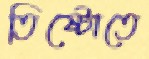
তিষ্টোতে